Vaccination in the Punjab 1905-1918 - 1905-1918
Year: 1905
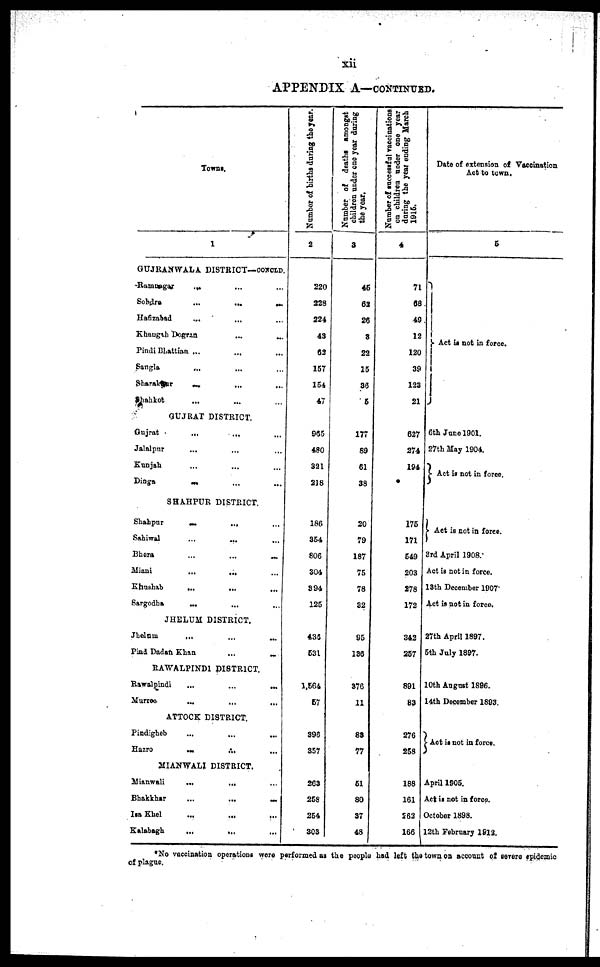
xii
APPENDIX A—CONTINUED.
Towns.
1
GUJRANWALA DISTRICT—CONCLD.
Ramnagar ... ... ...
Sohdra
...
...
...
Hafizabad ... ... ...
Khangah Dogran
...
...
...
Pindi Bhattian ... ... ...
Sangla
...
...
...
Sharakpur ... ... ...
Shahkot ... ... ...
GUJRAT DISTRICT.
Gujrat ... ... ...
Jalalpur ... ... ...
Kunjah ... ... ...
Dinga ... ... ...
SHAHPUR DISTRICT.
Shahpur
...
...
...
Sahiwal
...
... ...
Bhera
...
...
...
Miani
...
...
...
Khushab
...
... ...
Sargodha ... ... ...
JHELUM DISTRICT.
Jhelum
... ... ...
Pind Dadan Khan
...
...
...
RAWALPINDI DISTRICT
Rawalpindi
...
...
...
Murree ... ... ...
ATTOCK DISTRICT.
Pindigheb
...
...
...
Hazro
...
...
...
MIANWALI DISTRICT.
Mianwali
...
...
...
Bhakkhar
...
...
...
Isa Khel ... ... ...
Kalabagh
...
... ...
Number of births during the year.
2
220
228
224
43
63
157
154
47
965
480
321
218
186
354
806
304
394
125
436
531
1,564
57
396
357
263
258
254
303
Number of deaths amongst
children under one year during
the year.
3
45
62
26
3
22
15
36
5
177
89
61
38
20
79
187
75
78
32
95
136
376
11
83
77
51
80
37
48
Number of successful vaccinations
on children under one year
during the year ending March
1916.
4
71
68
49
12
120
39
123
21
627
274
194
175
171
549
203
278
172
342
257
891
83
276
258
188
161
262
166
Date of extension of Vaccination
Act to town.
5
Act is not in force.
6th June 1901.
27th May 1904.
Act is not in force.
Act is not in force.
3rd April 1908.
Act is not in force.
13th December 1907.
Act is not in force.
27th April 1897.
5th July 1897.
10th August 1896.
14th December 1893.
Act is not in force.
April 1905.
Act is not in force.
October 1898.
12th February 1912.
*No vaccination operations were performed as the people had left the town on account of severe epidemic
of plague.